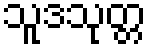
သူဒသုတ္တ